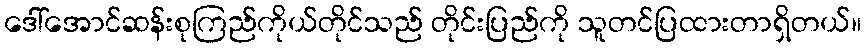
ဒေါ်အောင်ဆန်းစုကြည်ကိုယ်တိုင်သည် တိုင်းပြည်ကို သူတင်ပြထားတာရှိတယ်။